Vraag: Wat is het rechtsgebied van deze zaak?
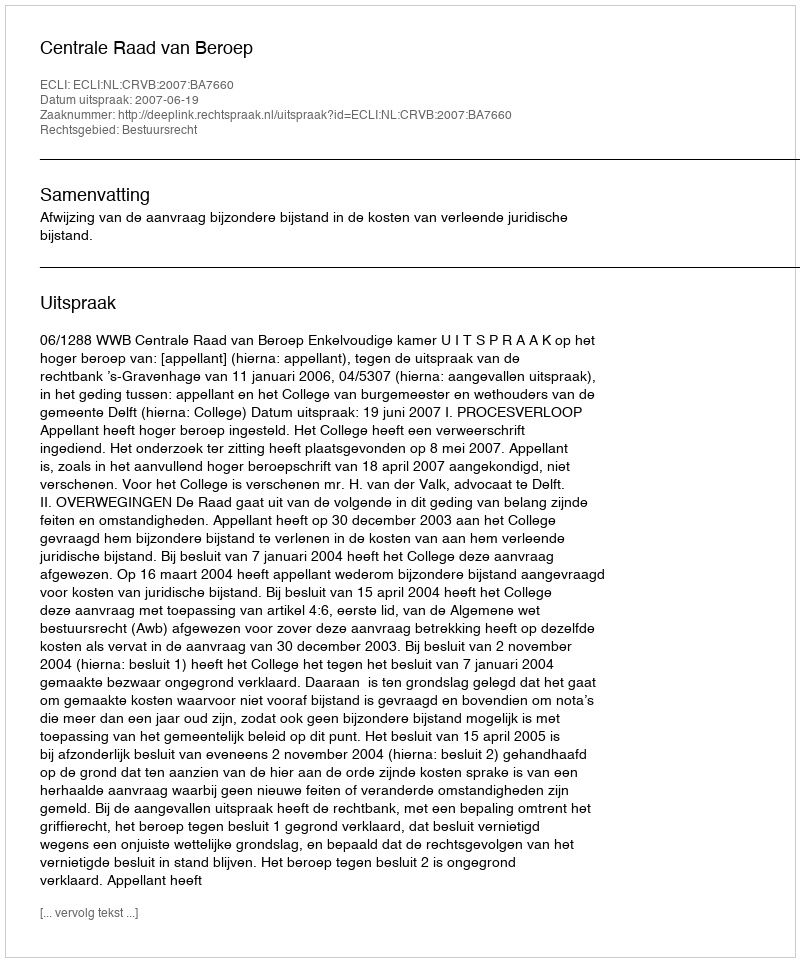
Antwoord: Bestuursrecht